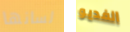
لسانها الفديو